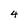
Character: 4